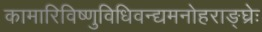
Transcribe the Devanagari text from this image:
कामारिविष्णुविधिवन्द्यमनोहराङ्घ्रेः